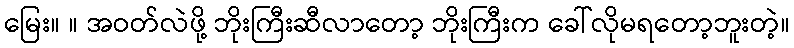
မြေး။ ။ အဝတ်လဲဖို့ ဘိုးကြီးဆီလာတော့ ဘိုးကြီးက ခေါ်လိုမရတော့ဘူးတဲ့။